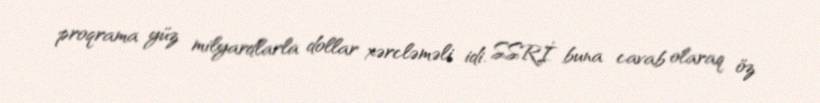
proqrama yüz milyardlarla dollar xərcləməli idi. SSRİ buna cavab olaraq öz